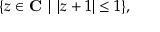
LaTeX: \{ z \in \mathbf { C } \mid | z + 1 | \leq 1 \} ,